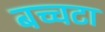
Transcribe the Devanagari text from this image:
बच्चटा